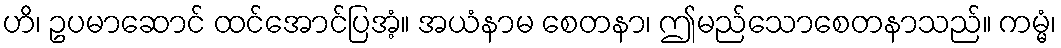
ဟိ၊ ဥပမာဆောင် ထင်အောင်ပြအံ့။ အယံနာမ စေတနာ၊ ဤမည်သောစေတနာသည်။ ကမ္မံ၊